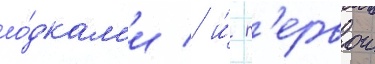
ло́дкам'и / и́ п'ервои